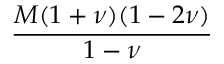
\frac { M ( 1 + \nu ) ( 1 - 2 \nu ) } { 1 - \nu }